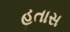
હતાસ